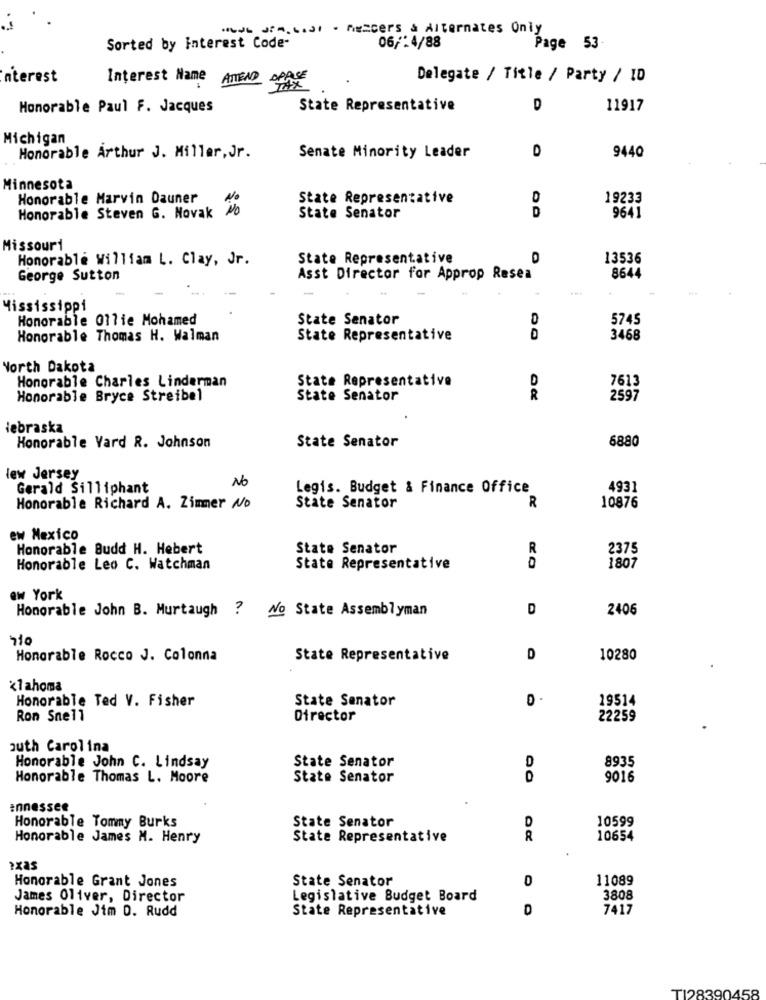
Sorted by interest Code-
06/2 4/88
Page 53.
nterest
Interest Name ATTEND OPPSE
Delegate / Title / Party / ID
TAX
Honorable Paul F. Jacques
State Representative
D
11917
Michigan
D
Honorable Arthur J. Miller, Jr.
Senate Minority Leader
9440
Minnesota
Honorable Marvin Dauner
State Representative
D
19233
No
D
9641
Honorable Steven G. Novak
State Senator
Missouri
Honorable William L. Clay, Jr.
State Representative
13536
George Sutton
Asst Director for Approp Resea
8644
Mississippi
Honorable Ollie Mohamed
State Senator
5745
Honorable Thomas H. Walman
State Representative
3468
North Dakota
Honorable Charles Linderman
State Representative
D
7613
Honorable Bryce Streibel
State Senator
R
2597
lebraska
6880
Honorable Vard R. Johnson
State Senator
lew Jersey
No
Gerald Silliphant
Legis. Budget & Finance Office
4931
R
Honorable Richard A. Zimmer No
State Senator
10876
ew Mexico
Honorable Budd H. Hebert
State Senator
R
2375
Honorable Leo C. Watchman
State Representative
1807
ew York
Honorable John B. Murtaugh ? No State Assemblyman
D
2406
Honorable Rocco J. Colonna
State Representative
D
10280
klahoma
Honorable Ted V. Fisher
State Senator
19514
Ron Snell
Director
22259
outh Carolina
Honorable John C. Lindsay
State Senator
D
8935
Honorable Thomas L. Moore
State Senator
9016
Ennessee
Honorable Tommy Burks
10599
State Senator
D
Honorable James M. Henry
State Representative
R
10654
2xas
Honorable Grant Jones
State Senator
0
11089
James Oliver, Director
Legislative Budget Board
3808
Honorable Jim D. Rudd
State Representative
D
7417
TI28390458